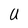
Character: U